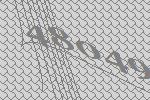
48049